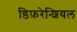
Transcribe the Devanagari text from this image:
डिफ़रेन्शियल